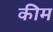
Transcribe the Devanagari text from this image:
कीम